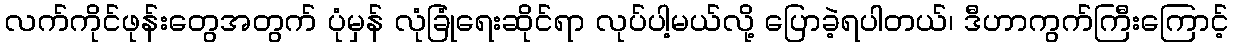
လက်ကိုင်ဖုန်းတွေအတွက် ပုံမှန် လုံခြုံရေးဆိုင်ရာ လုပ်ပါ့မယ်လို့ ပြောခဲ့ရပါတယ်၊ ဒီဟာကွက်ကြီးကြောင့်